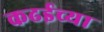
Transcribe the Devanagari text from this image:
कढईच्या